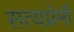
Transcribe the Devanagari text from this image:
सत्यप्रेमी